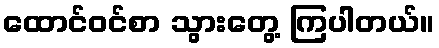
ထောင်ဝင်စာ သွားတွေ့ ကြပါတယ်။